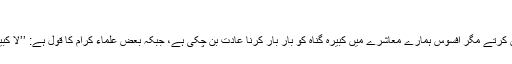
‘‘
گویا اہل ایمان گناہ کے کام کو بار بار نہیں کرتے مگر افسوس ہمارے معاشرے میں کبیرہ گناہ کو بار بار کرنا عادت بن چکی ہے، جبکہ بعض علماء کرام کا قول ہے: ’’لا کبیرہ مع الاستغفار ولا صغیرہ مع الاصرار‘‘۔